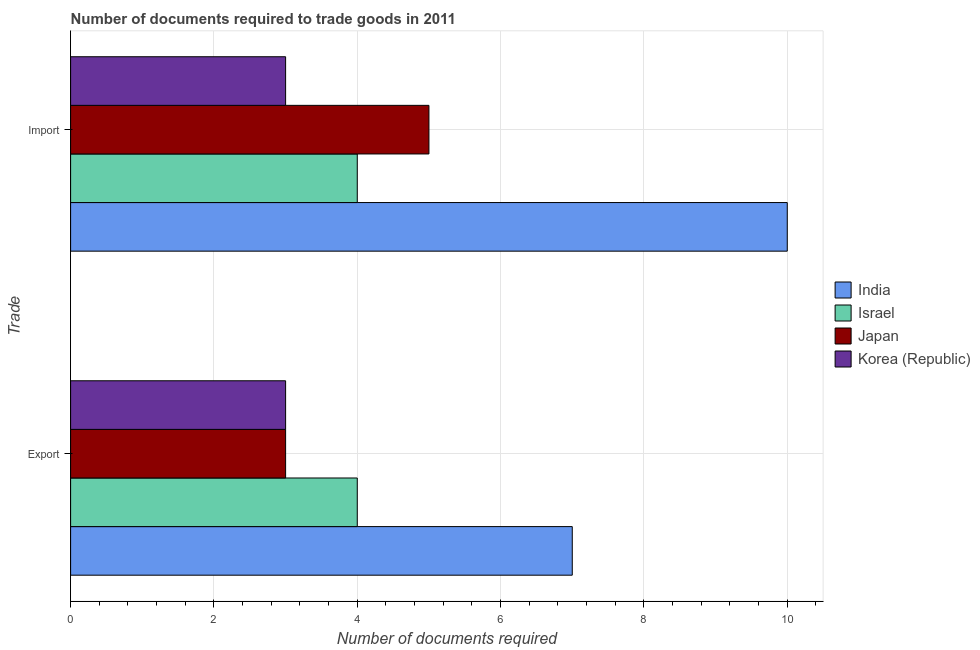
| Trade | India | Israel | Japan | Korea (Republic) |
 | --- | --- | --- | --- | --- |
 | Export | 7 | 4 | 3 | 3 |
 | Import | 10 | 4 | 5 | 3 |